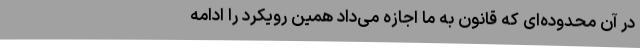
در آن محدوده‌ای که قانون به ما اجازه می‌داد همین رویکرد را ادامه